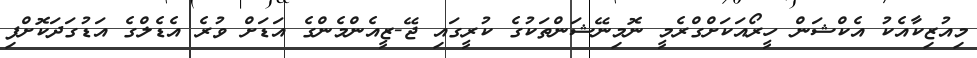
މިއުޒިކާއެކު އެކްޝަން ހީރޯއަކަށްގްރެމީ ނޮމިނޭޝަންތަކުގެ ކުރީގައި ޖޭ-ޒީއެންމެންގެ އަޑަށް ވުރެ އެޑެލްގެ އަޑުގަދަކޮށްފި